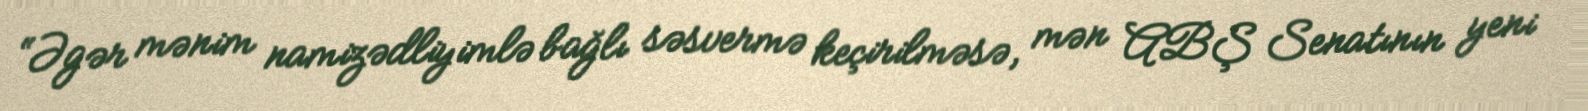
“Əgər mənim namizədliyimlə bağlı səsvermə keçirilməsə, mən ABŞ Senatının yeni